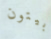
بيتون